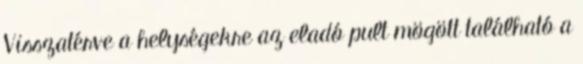
Visszatérve a helységekre az eladó pult mögött található a